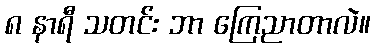
၈ နာရီ သတင်း ဘာ ကြေညာတာလဲ။